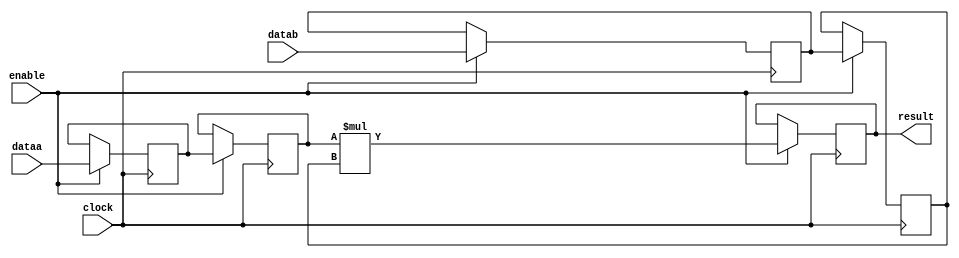
module acl_int_mult64s (
	enable,
	clock,
	dataa,
	datab,
	result);

  parameter INPUT1_WIDTH = 64;
  parameter INPUT2_WIDTH = 64;

  localparam INPUT1_WIDTH_WITH_SIGN = INPUT1_WIDTH < 64 ? INPUT1_WIDTH + 1 : INPUT1_WIDTH;
  localparam INPUT2_WIDTH_WITH_SIGN = INPUT2_WIDTH < 64 ? INPUT2_WIDTH + 1 : INPUT2_WIDTH;
    
	input	  enable;
	input	  clock;
	input	[INPUT1_WIDTH_WITH_SIGN - 1 : 0]  dataa;
	input	[INPUT2_WIDTH_WITH_SIGN - 1 : 0]  datab;
	(* altera_attribute = "-name auto_shift_register_recognition OFF" *) output	reg [63:0]  result;
	(* altera_attribute = "-name auto_shift_register_recognition OFF" *) reg	[INPUT1_WIDTH_WITH_SIGN - 1 : 0]  reg_dataa;
	(* altera_attribute = "-name auto_shift_register_recognition OFF" *) reg	[INPUT2_WIDTH_WITH_SIGN - 1 : 0]  reg_datab;
	(* altera_attribute = "-name auto_shift_register_recognition OFF" *) reg	[INPUT1_WIDTH_WITH_SIGN - 1 : 0]  reg_dataa2;
	(* altera_attribute = "-name auto_shift_register_recognition OFF" *) reg	[INPUT2_WIDTH_WITH_SIGN - 1 : 0]  reg_datab2;

  always@(posedge clock)
  begin
    if (enable)
    begin
      result <= reg_dataa2 * reg_datab2; 
      reg_dataa <= dataa;
      reg_datab <= datab;
      reg_dataa2 <= reg_dataa;
      reg_datab2 <= reg_datab;
    end
  end

endmodule